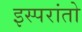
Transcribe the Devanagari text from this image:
इस्परांतो